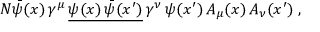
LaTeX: N { \bar { \psi } } ( x ) \, \gamma ^ { \mu } \, { \underline { { \psi ( x ) \, { \bar { \psi } } ( x ^ { \prime } ) } } } \, \gamma ^ { \nu } \, \psi ( x ^ { \prime } ) \, A _ { \mu } ( x ) \, A _ { \nu } ( x ^ { \prime } ) \; ,